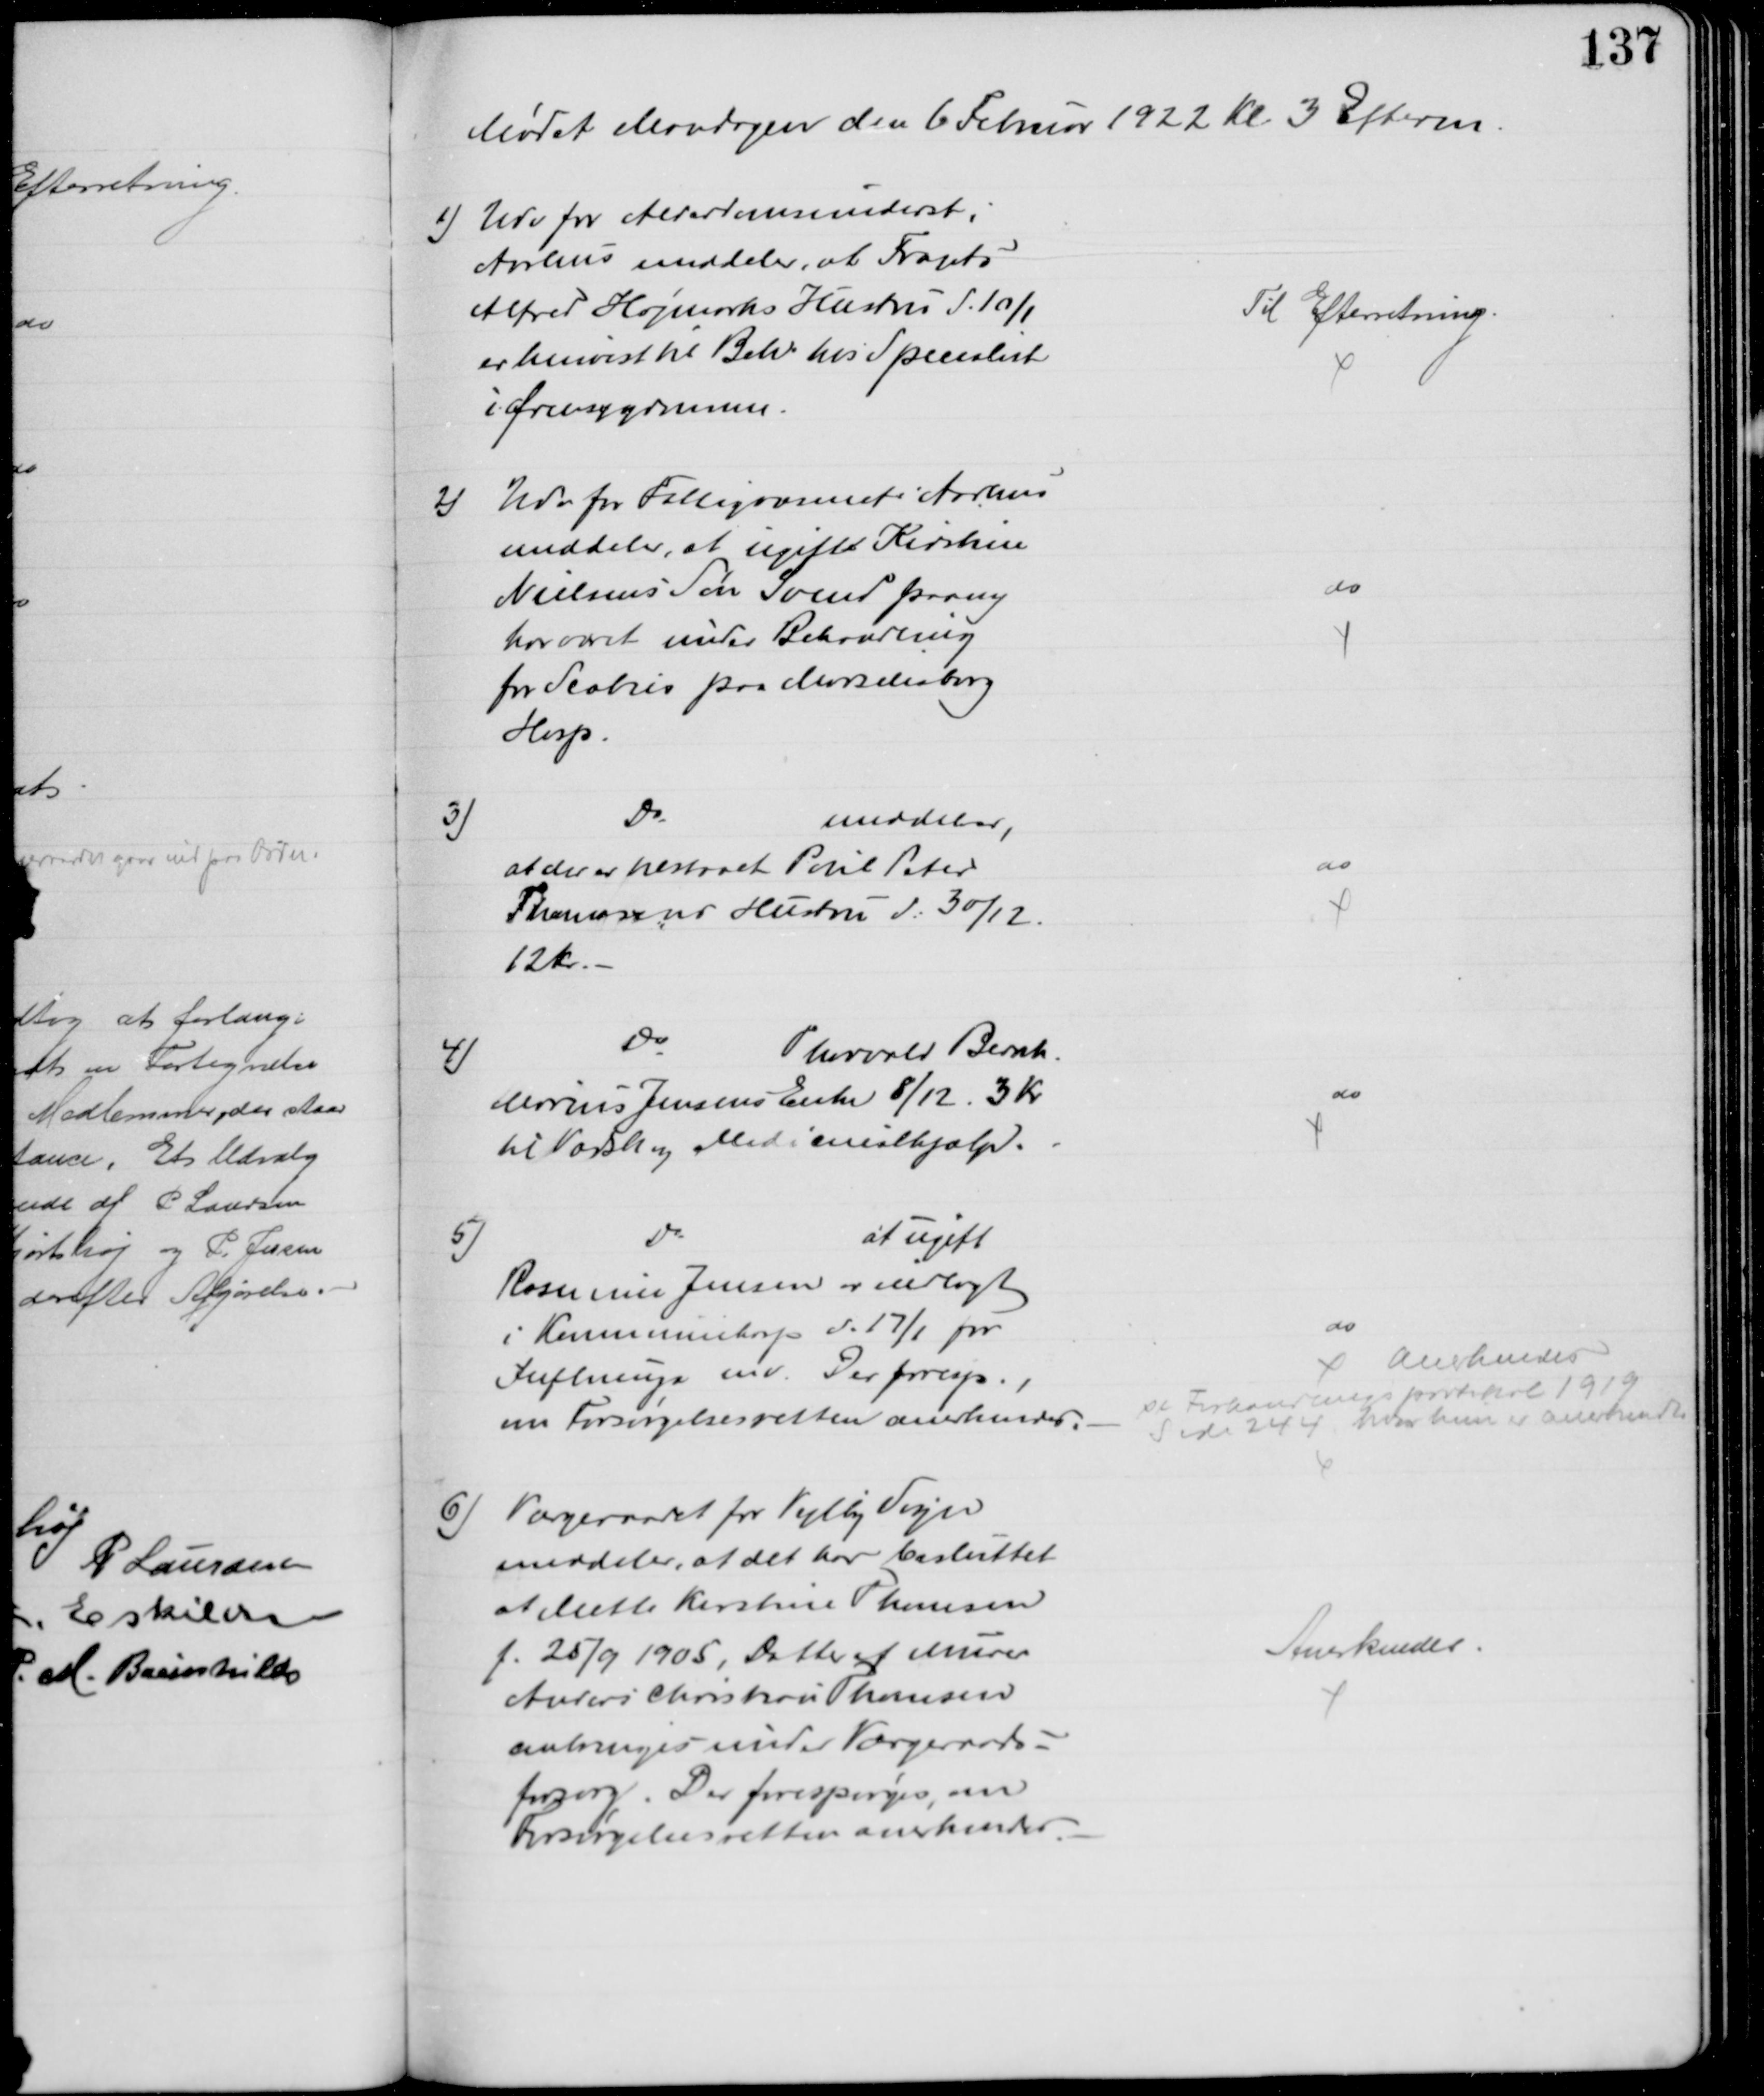
Transskription:
Mødet Mandagen den 6 Februar 1922 Kl 3 Efterm.
1) Udv for Alderdomsunderst. i
Aarhus meddeler, at Frants
Alfred Højmarks Hustru d. 10/1
er henvist til Beh hos Specialist
i Ørensygdomme.
Til Efterretning.
2)
Udv for Fattigvæsenet i Aarhus
meddeler, at ugift Kirstine
Nielsens Søn Svend paany
har været under Behandling
for Scabies paa Marselisborg
Hosp.
do
3)
Do
meddeler,
at der er tilstaaet Poul Peter
Thomasens Hustru d: 30/12.
12 Kr.
do
4)
Do
Thorvald Bernh.
Marius Jensens Enke 8/12. 3 Kr.
til Vadsk og Medicinalhjælp.
do
5)
Do
at ugift
Rasmine Jensen er indlagt
i Kommunehosp d. 17/1 for
Influenza mv. Der foresp.,
om Forsørgelsesretten anerkendes.
do
Anerkendes
se Forhandlingsprotokol 1919
Side 244 hvor hun er anerkendt
6) Værgeraadet for Vejlby Sogn
meddeler, at det har besluttet
at Mette Kirstine Thomsen
f. 25/9 1905, Datter af Murer
Anders Christian Thomsen
anbringes under Værgeraads-
forsorg. Der forespørges, om
Forsørgelsesretten anerkendes
Anerkendes